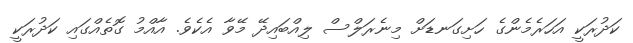
ކަދުރަކީ އަހަރެމެންގެ ހަށިގަނޑަށް މިނެރަލްސް ލިއްބައިދޭ މޭވާ އެކެވެ. އާއްމު ގޮތެއްގައި ކަދުރަކީ